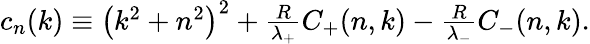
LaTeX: \begin{array}{r}{c_{n}(k)\equiv\left(k^{2}+n^{2}\right)^{2}+\frac{R}{\lambda_{+}}C_{+}(n,k)-\frac{R}{\lambda_{-}}C_{-}(n,k).}\end{array}